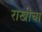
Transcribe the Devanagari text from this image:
राखीचा